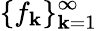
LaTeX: \{ f_{\mathbf{k}}\} _{\mathbf{k}=1}^{\infty}